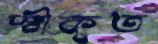
স্বীকৃত